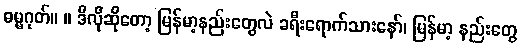
ဓမ္မဂုတ်။ ။ ဒီလိုဆိုတော့ မြန်မာ့နည်းတွေလဲ ခရီးရောက်သားနော်၊ မြန်မာ့ နည်းတွေ